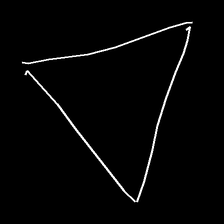
Glyph: convergence